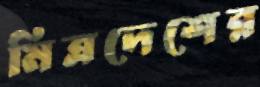
মিত্রদেশের